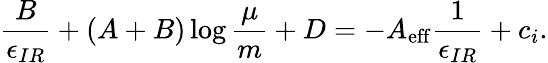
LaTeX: {\frac{B}{\epsilon_{IR}}}+\left(A+B\right)\log{\frac{\mu}{m}}+D=-A_{\mathrm{eff}}{\frac{1}{\epsilon_{IR}}}+c_{i}.